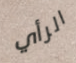
الرأي